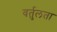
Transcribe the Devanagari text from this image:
वर्तुलता